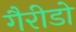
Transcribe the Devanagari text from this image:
गैरीडो